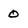
Character: 0